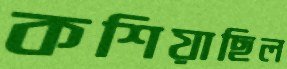
কশিয়াছিল